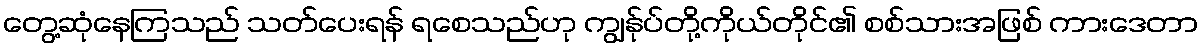
တွေ့ဆုံနေကြသည် သတ်ပေးရန် ရစေသည်ဟု ကျွန်ုပ်တို့ကိုယ်တိုင်၏ စစ်သားအဖြစ် ကားဒေတာ